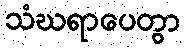
သံဃရာပေတွာ